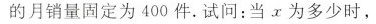
的月销量固定为400件.试问：当x为多少时，